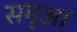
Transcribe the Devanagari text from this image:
समुआ